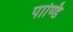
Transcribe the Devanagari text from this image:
पाण्डि